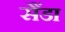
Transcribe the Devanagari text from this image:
सैंडा